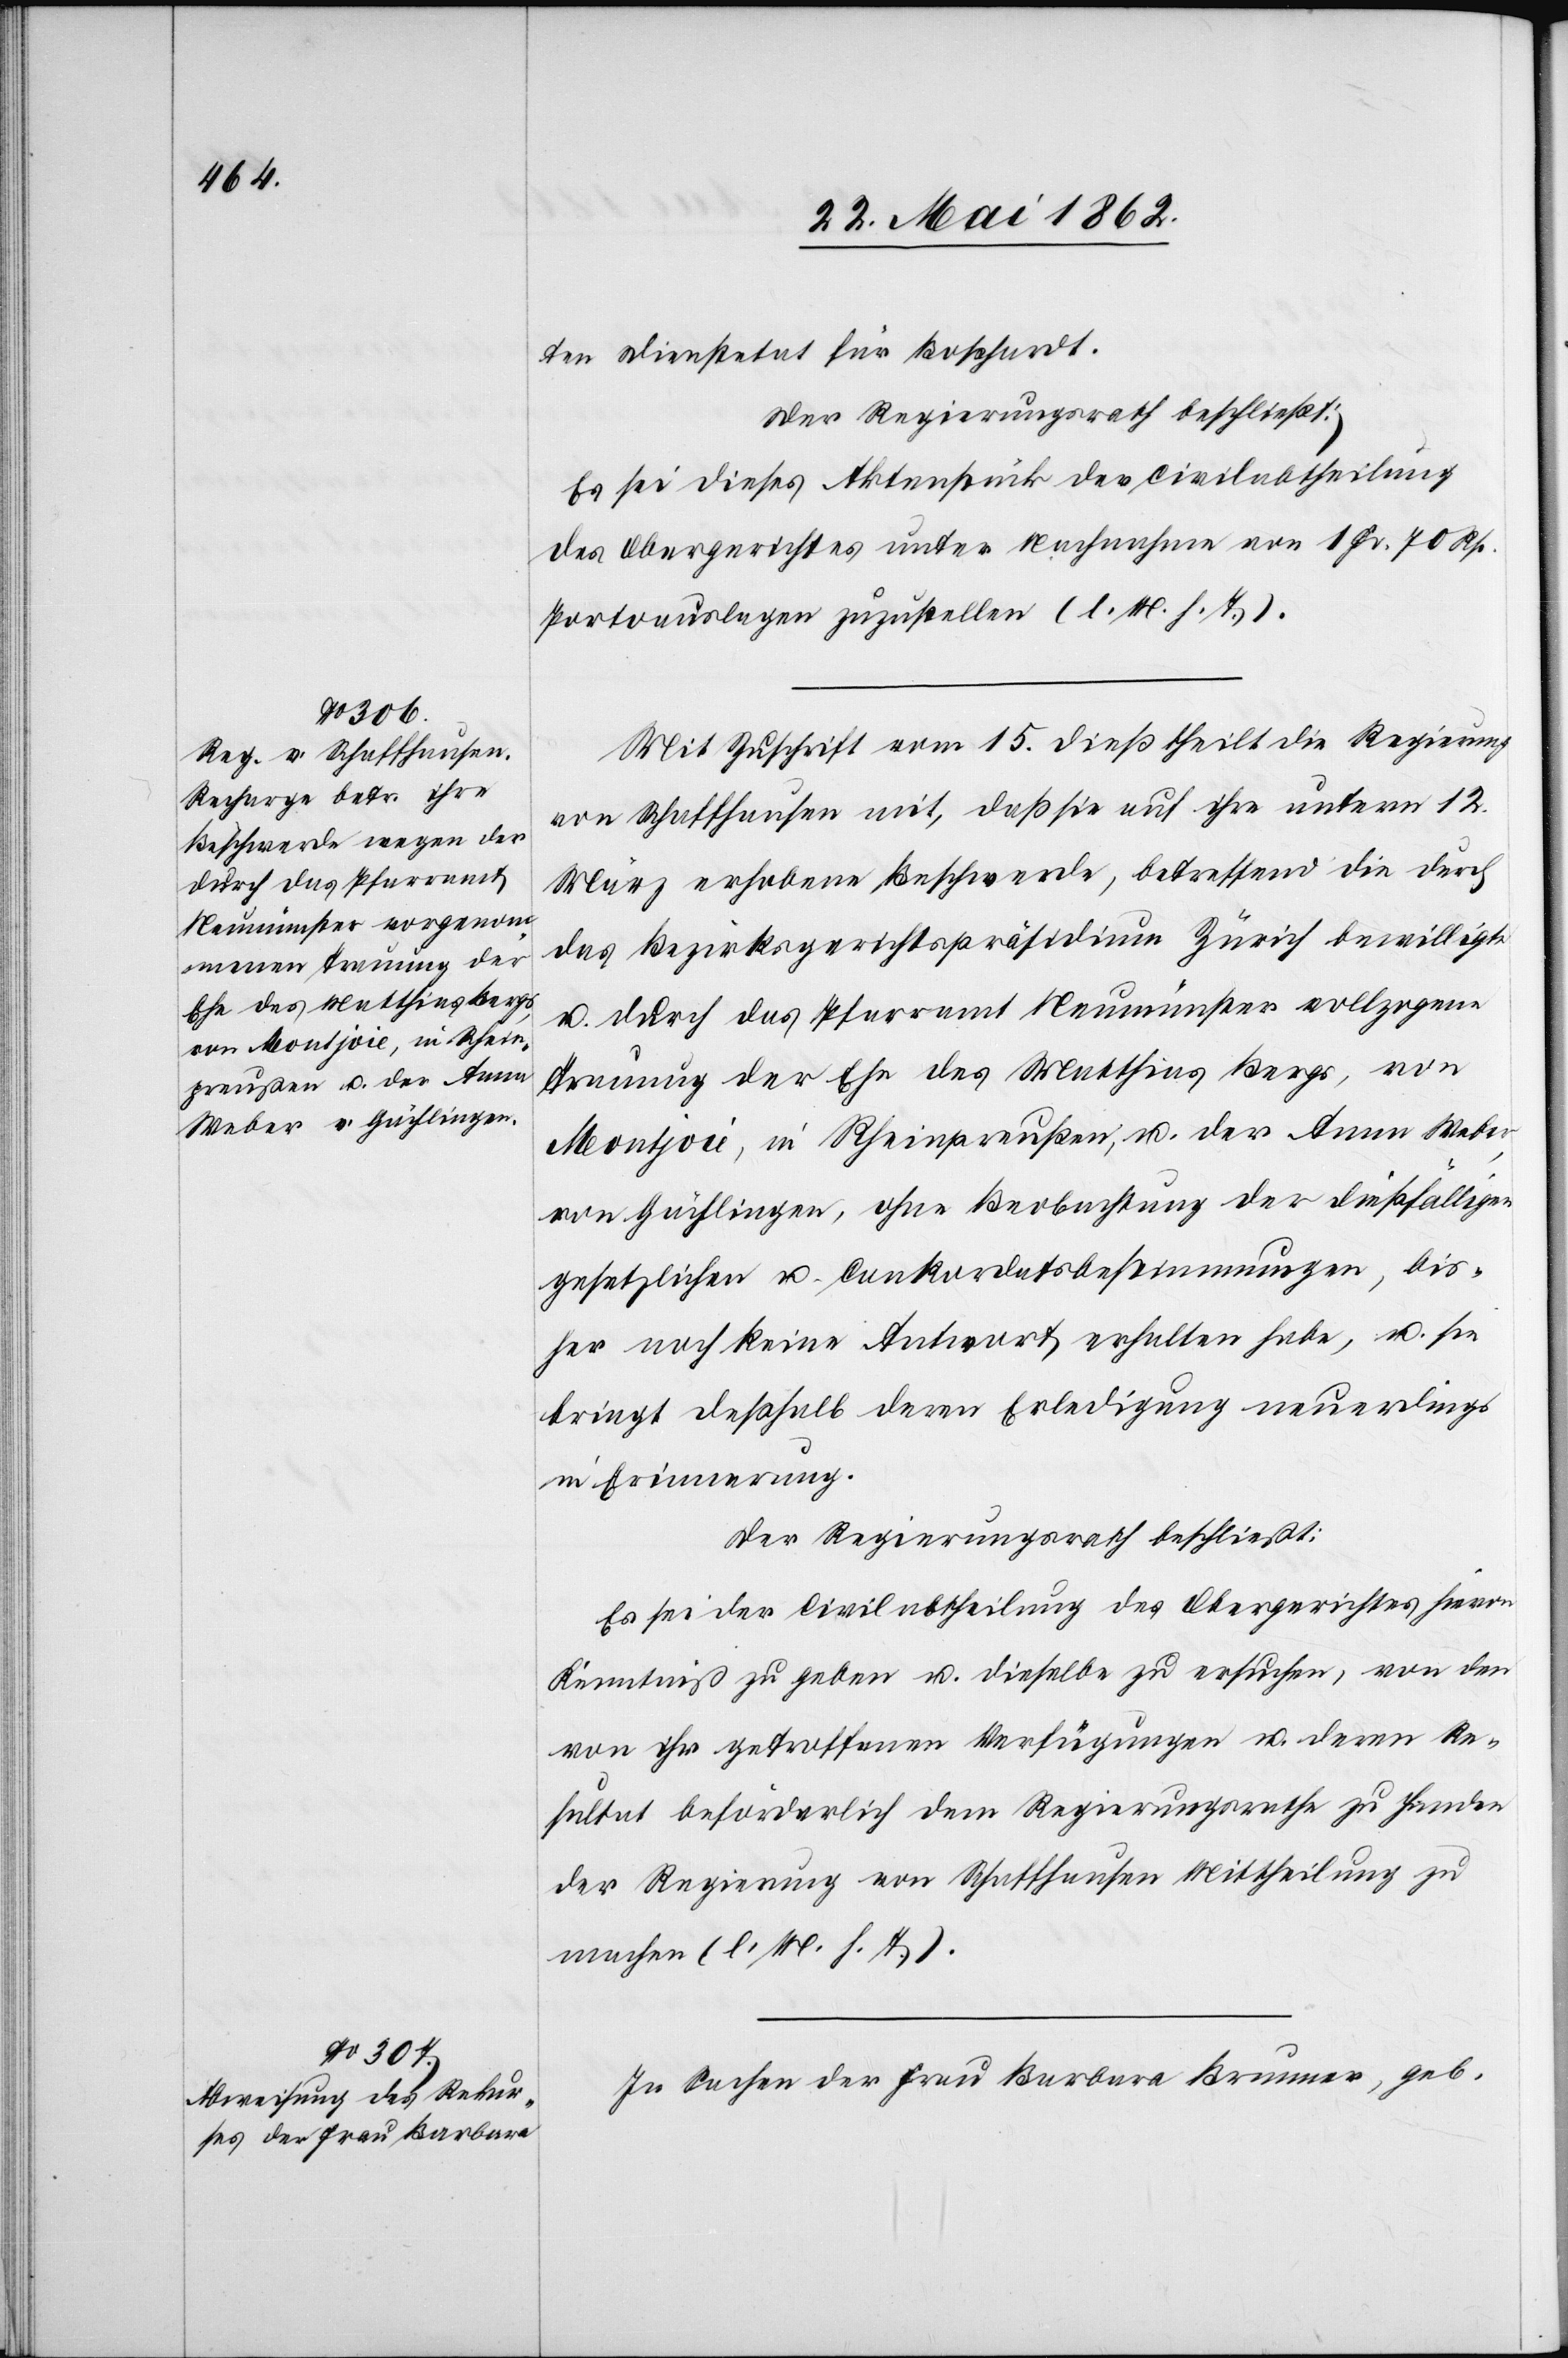
ten Dienstetat für Boßhardt.
Der Regierungsrath beschließt:
Es sei dieses Aktenstück der Civilabtheilung
des Obergerichtes unter Nachnahme von 1 Fr. 70 Rp.
Portoauslagen zuzustellen (l. M. h. T.).
Mit Zuschrift vom 15. dieß theilt die Regierung
von Schaffhausen mit, daß sie auf ihre unterm 12.
März erhobene Beschwerde, betreffend die durch
das Bezirksgerichtspräsidium Zürich bewilligte
u. durch das Pfarramt Neumünster vollzogene
Trauung der Ehe des Matthias Bergs, von
Montjoie, in Rheinpreußen, u. der Anna Weber,
von Gächlingen, ohne Beobachtung der dießfälligen
gesetzlichen u. Conkordatsbestimmungen, bis¬
her noch keine Antwort erhalten habe, u. sie
bringt deßhalb deren Erledigung neuerdings
in Erinnerung.
Der Regierungsrath beschließt:
Es sei der Civilabtheilung des Obergerichtes hievon
Kenntniß zu geben u. dieselbe zu ersuchen, von den
von ihr getroffenen Verfügungen u. deren Re¬
sultat beförderlich dem Regierungsrathe zu Handen
der Regierung von Schaffhausen Mittheilung zu
machen (l. M. h. T.).
In Sachen der Frau Barbara Brunner, geb.